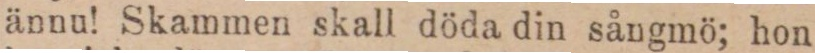
ännu! Skammen skall döda din sångmö; hon